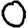
Digit: 0